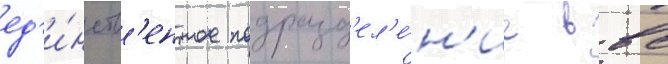
ед'и́нств'енное подразд'ел'е́н'ие в вс